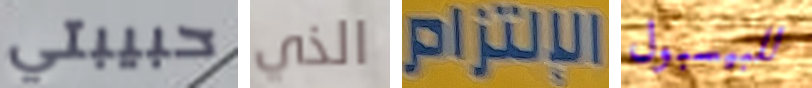
حبيبتي الذي الإلتزام للبيسبول